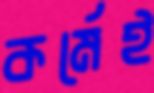
কর্মেই